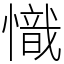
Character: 𢡠